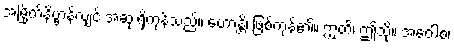
အမြိုက်နိဗ္ဗာန်လျှင် အဆုံးရှိကုန်သည်။ ဟောန္တိ၊ ဖြစ်ကုန်၏။ ဣတိ၊ ဤသို့။ အဝေါစ၊